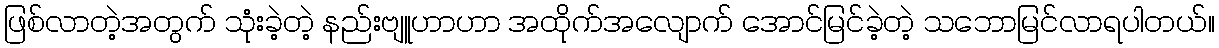
ဖြစ်လာတဲ့အတွက် သုံးခဲ့တဲ့ နည်းဗျူဟာဟာ အထိုက်အလျောက် အောင်မြင်ခဲ့တဲ့ သဘောမြင်လာရပါတယ်။